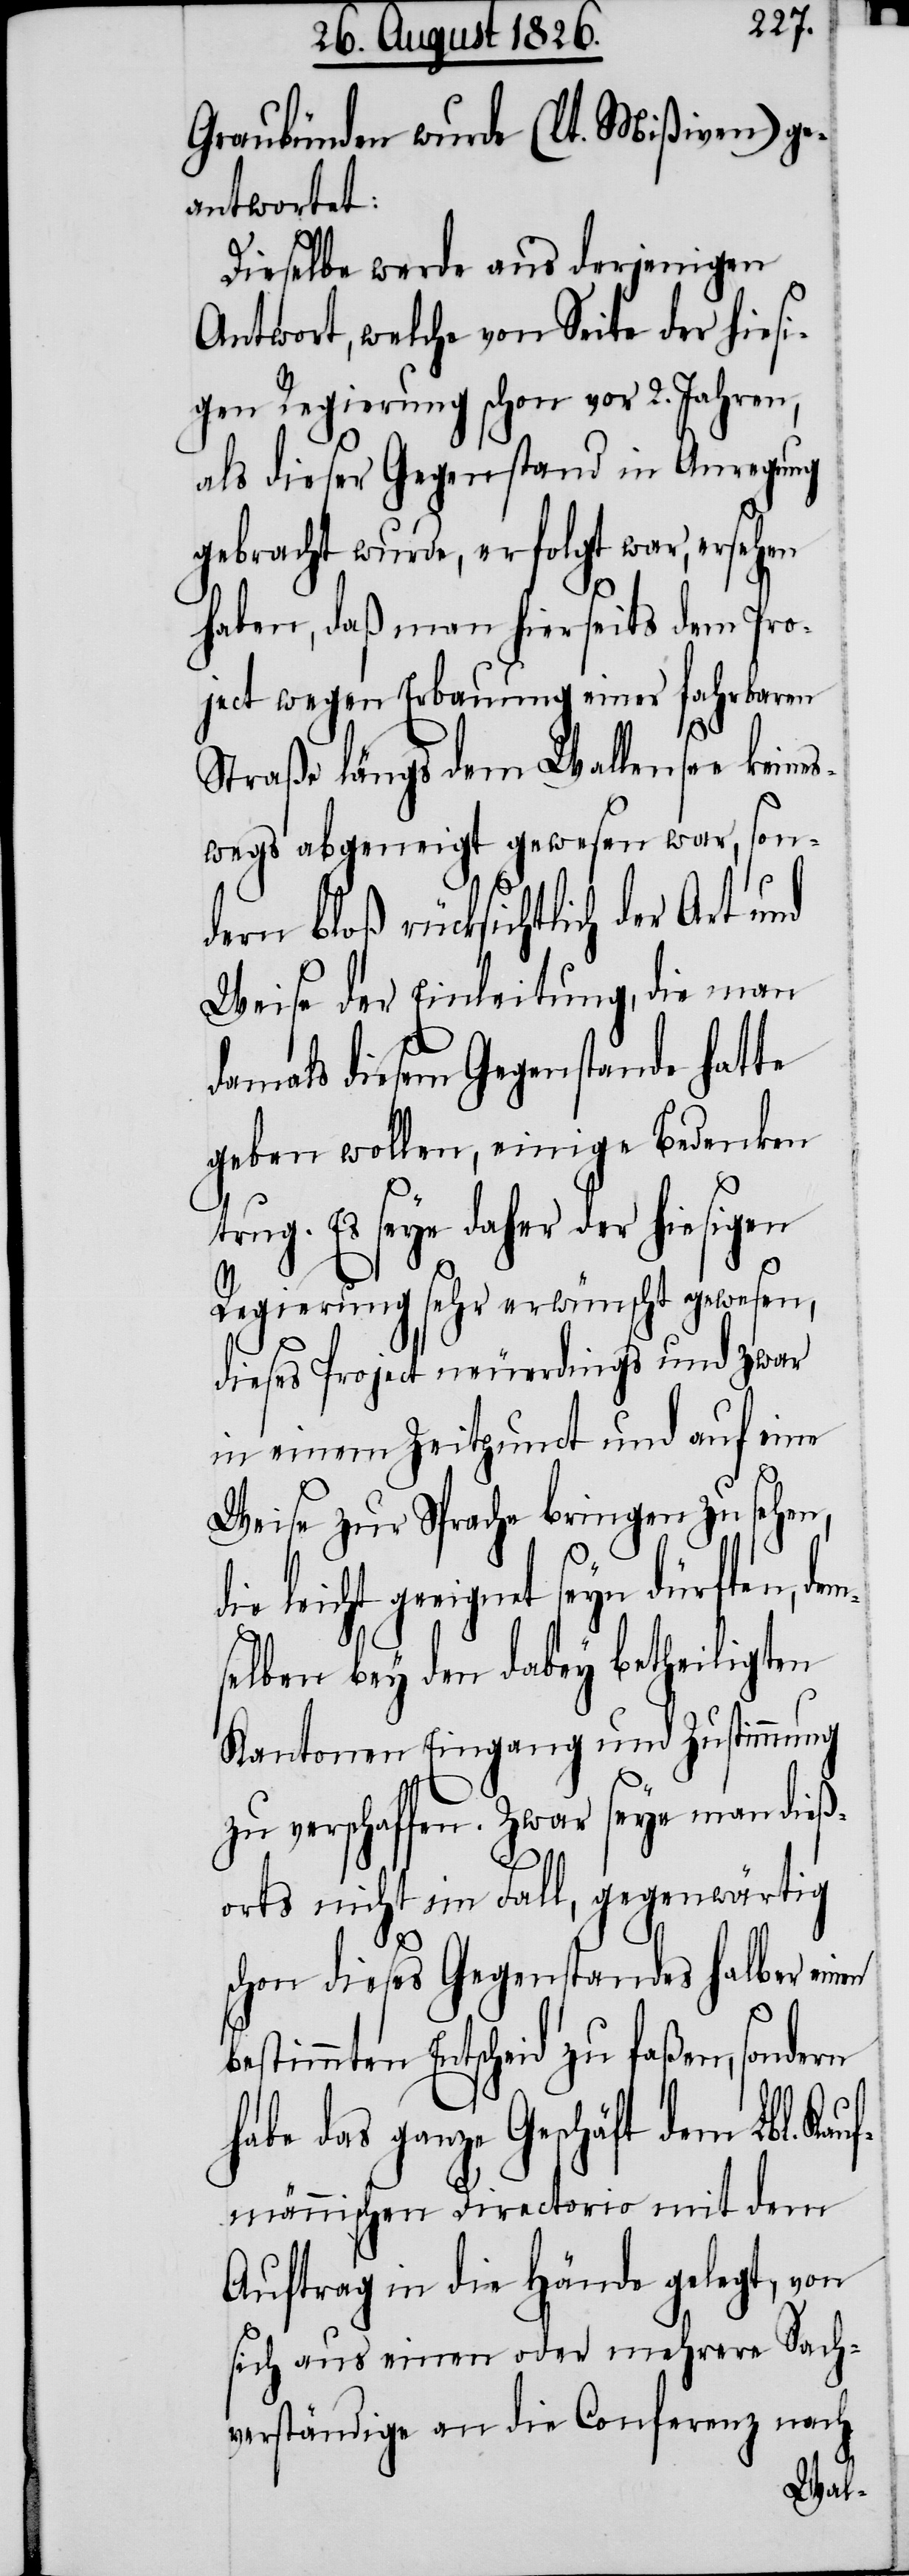
Graubünden wurde (lt. Mißiven) ge¬
antwortet:
Dieselbe werde aus derjenigen
Antwort, welche von Seite der hiesi¬
gen Regierung schon vor 2. Jahren,
als dieser Gegenstand in Anregung
gebracht wurde, erfolgt war, ersehen
haben, daß man hierseits dem Pro¬
ject wegen Erbauung einer fahrbaren
Straße längs dem Wallensee keines¬
wegs abgeneigt gewesen war, son¬
dern bloß rücksichtlich der Art und
Weise der Einleitung, die man
damals diesem Gegenstande hatte
geben wollen, einige Bedenken
trug. Es seye daher der hiesigen
Regierung sehr erwünscht gewesen,
dieses Project neuerdings und zwar
in einem Zeitpunct und auf eine
Weise zur Sprache bringen zu sehen,
leicht geeignet seyn dürften, de¬
selben bey den dabey betheiligten
Kantonen Eingang und Zustimmung
zu verschaffen. Zwar seye man dieß¬
orts nicht im Fall, gegenwärtig
schon dieses Gegenstandes halber einen
bestimmten Entscheid zu faßen, sondern
habe das ganze Geschäft dem Lbl. Ka¬
ufmännischen Directorio mit dem
Auftrag in die Hände gelegt, von
sich aus einen oder mehrere Sach¬
verständige an die Conferenz nach

m¬